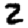
Digit: 2